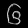
Digit: ၆